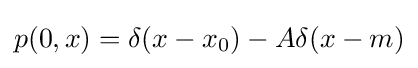
p(0,x)=\delta (x-x_{0})-A\delta (x-m)